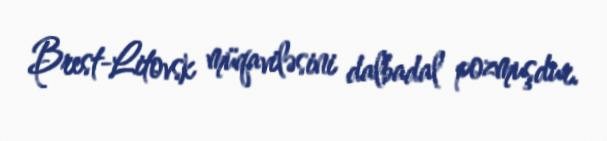
Brest-Litovsk müqaviləsini dalbadal pozmuşdur.